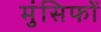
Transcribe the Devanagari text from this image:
मुंसिफों